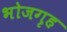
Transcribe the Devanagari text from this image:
भोजगृह